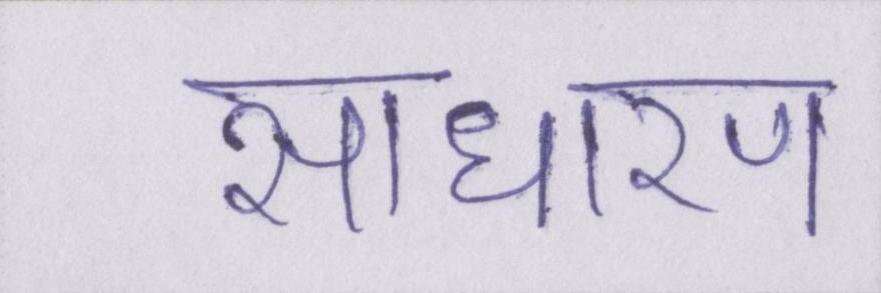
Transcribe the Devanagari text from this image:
साधारण